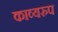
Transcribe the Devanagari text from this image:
काव्यरुप